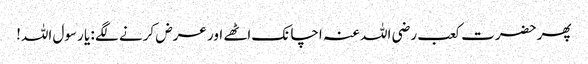
پھر حضرت کعب رضی اللہ عنہ اچانک اٹھے اور عرض کرنے لگے : یا رسول اللہ!